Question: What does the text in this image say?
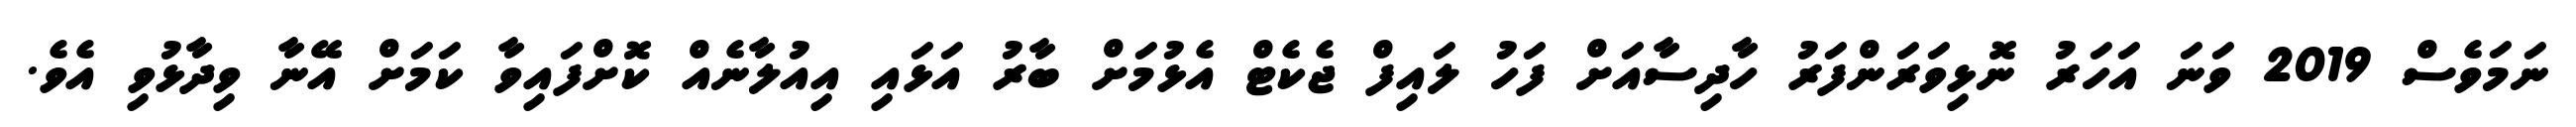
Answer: ނަމަވެސް 2019 ވަނަ އަހަރު ނޮޅިވަރަންފަރު ހާދިސާއަށް ފަހު ލައިފް ޖެކެޓް އެޅުމަށް ބާރު އަޅައި އިއުލާނެއް ކޮށްފައިވާ ކަމަށް އޭނާ ވިދާޅުވި އެވެ.